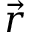
\vec { r }